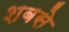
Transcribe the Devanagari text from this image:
शबसे